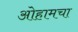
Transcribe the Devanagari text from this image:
ओहामचा